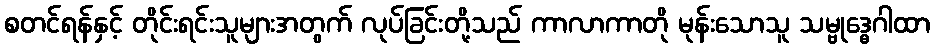
စတင်ရန်နှင့် တိုင်းရင်းသူများအတွက် လုပ်ခြင်းတို့သည် ကာလာကာတို မုန်းသောသူ သမ္ဗုဒ္ဓေဂါထာ